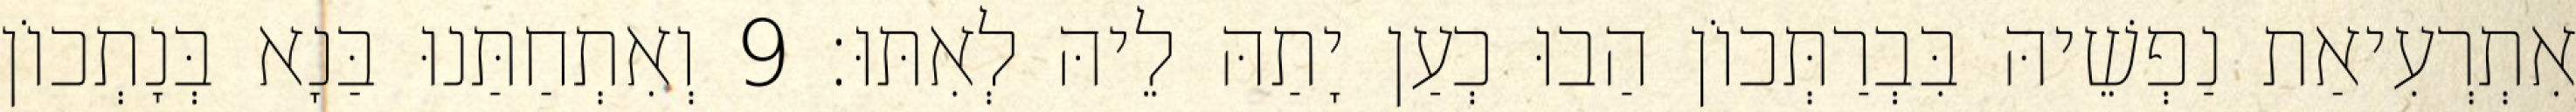
אִתְרְעִיאַת נַפְשֵׁיהּ בִּבְרַתְּכוֹן הַבוּ כְעַן יָתַהּ לֵיהּ לְאִתּוּ׃ 9 וְאִתְחַתַּנוּ בַּנָא בְּנָתְכוֹן